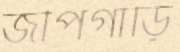
জীপগাড়ি